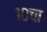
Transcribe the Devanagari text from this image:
१०चा